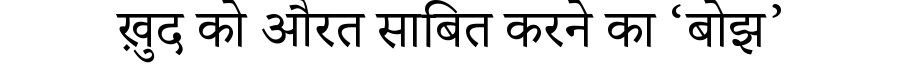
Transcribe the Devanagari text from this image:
ख़ुद को औरत साबित करने का ‘बोझ’